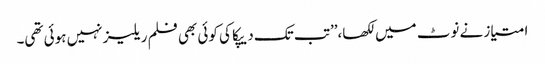
امتیاز نے نوٹ میں لکھا،’’تب تک دیپکا کی کوئی بھی فلم ریلیز نہیں ہوئی تھی۔